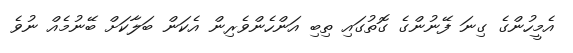
އެމީހުންގެ ގިނަ ފޭނުންގެ ގޮތުގައި ތިބި އަންހެންވެރިން އެކަން ބަލާކަށް ބޭނުމެއް ނުވެ